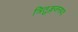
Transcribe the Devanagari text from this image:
त्रितुङ्गजनपद